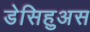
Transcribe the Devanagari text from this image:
डेसिहुअस